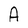
Character: A